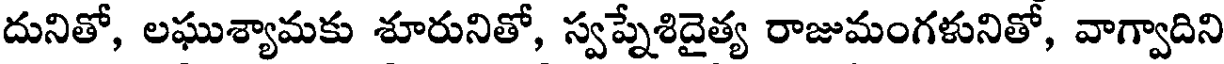
దునితో, లఘుశ్యామకు శూరునితో, స్వప్నేశిదైత్య రాజుమంగళునితో, వాగ్వాదిని